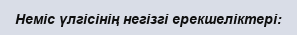
Неміс үлгісінің негізгі ерекшеліктері: